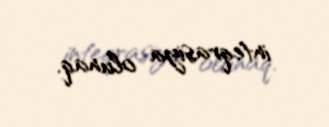
inteqrasiya olunaq.